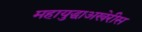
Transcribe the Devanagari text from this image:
महायुद्धाअखेरीस